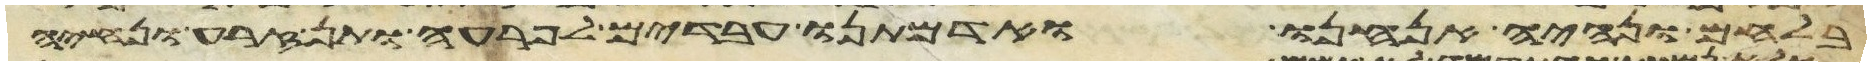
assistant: בלחם ונהיה אנחנו ואדמתנו עבדים לפרעה ותן זרע ונחיה